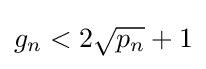
g_{n}<2{\sqrt {p_{n}}}+1